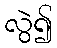
လွဲ၍